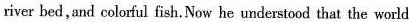
river bed,and colorful fiah, Now he understoed that the worlk